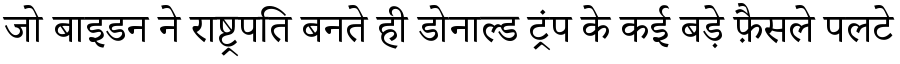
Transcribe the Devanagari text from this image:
जो बाइडन ने राष्ट्रपति बनते ही डोनाल्ड ट्रंप के कई बड़े फ़ैसले पलटे